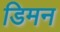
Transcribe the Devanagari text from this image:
डिमन